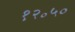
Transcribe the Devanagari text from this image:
१२॰५०